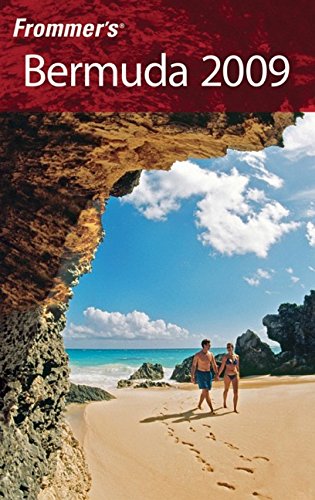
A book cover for Frommer's Bermuda 2009 (Frommer's Complete Guides); Darwin Porter; Travel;